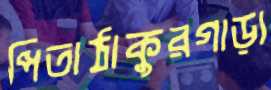
পিতাঠাকুরগাড়া